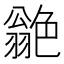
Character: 𦫫